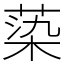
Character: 蒅